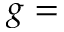
g =